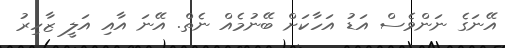
އޭނަގެ ނަންވެސް އަޑު އަހާކަށް ބޭނުމެއް ނެތް. އޭނަ އާއި އަލީ ޒާހިރު